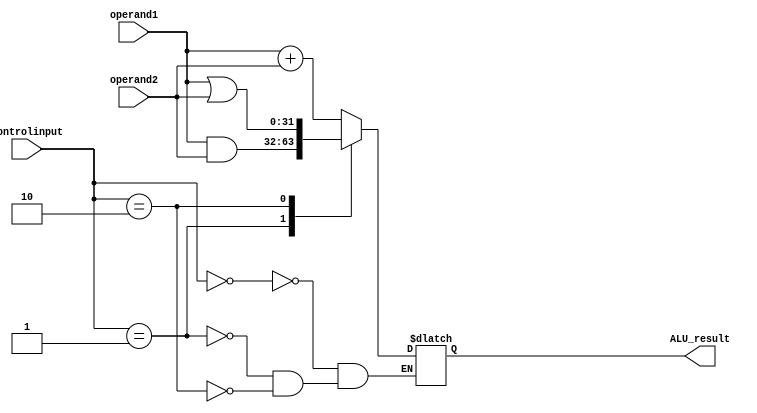
`timescale 1ns / 1ps
//////////////////////////////////////////////////////////////////////////////////
// Company: 
// Engineer: 
// 
// Design Name: 
// Module Name: ALU
// Project Name: 
// Target Devices: 
// Tool Versions: 
// Description: 
// 
// Dependencies: 
// 
// Revision:
// Revision 0.01 - File Created
// Additional Comments:
// 
//////////////////////////////////////////////////////////////////////////////////


module ALU(
    input [31:0] operand1,
    input [31:0] operand2,
    input [1:0] Controlinput,
    output reg [31:0] ALU_result
   
);  

 //  assign zero = ~(|result); output zero removed
 
    always @ (operand1, operand2, Controlinput) begin
        case (Controlinput)
            2'b00: ALU_result <= operand1 + operand2; 
            2'b01: ALU_result <= (operand1 & operand2);
            2'b10: ALU_result <= operand1|operand2;
        endcase
    end

endmodule